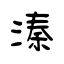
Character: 溱